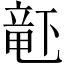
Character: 𬺗